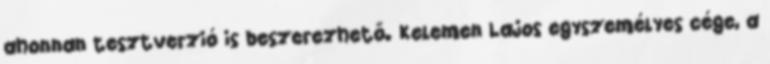
ahonnan tesztverzió is beszerezhető. Kelemen Lajos egyszemélyes cége, a